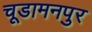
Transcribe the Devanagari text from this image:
चूडामनपुर